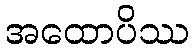
အထောပိဿ